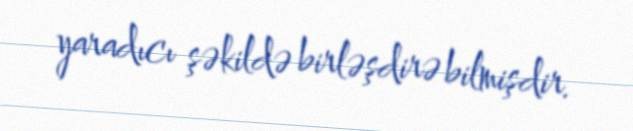
yaradıcı şəkildə birləşdirə bilmişdir.